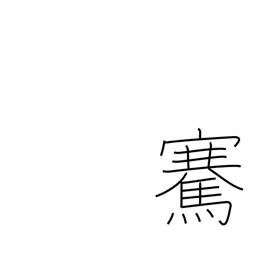
Meaning: lift up